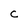
Character: C